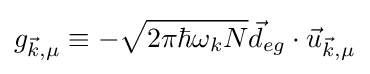
g_{{\vec {k}},\mu }\equiv -{\sqrt {2\pi \hbar \omega _{k}N}}{\vec {d}}_{eg}\cdot {\vec {u}}_{{\vec {k}},\mu }